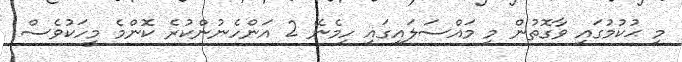
މި ޙުކުމުގައި ވާގޮތުން މި މައްސަލައިގައި ހިމެނޭ 2 އަންހެނުންކުރެ ކޮންމެ މީހަކުވެސް